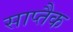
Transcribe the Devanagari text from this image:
साप्तैक